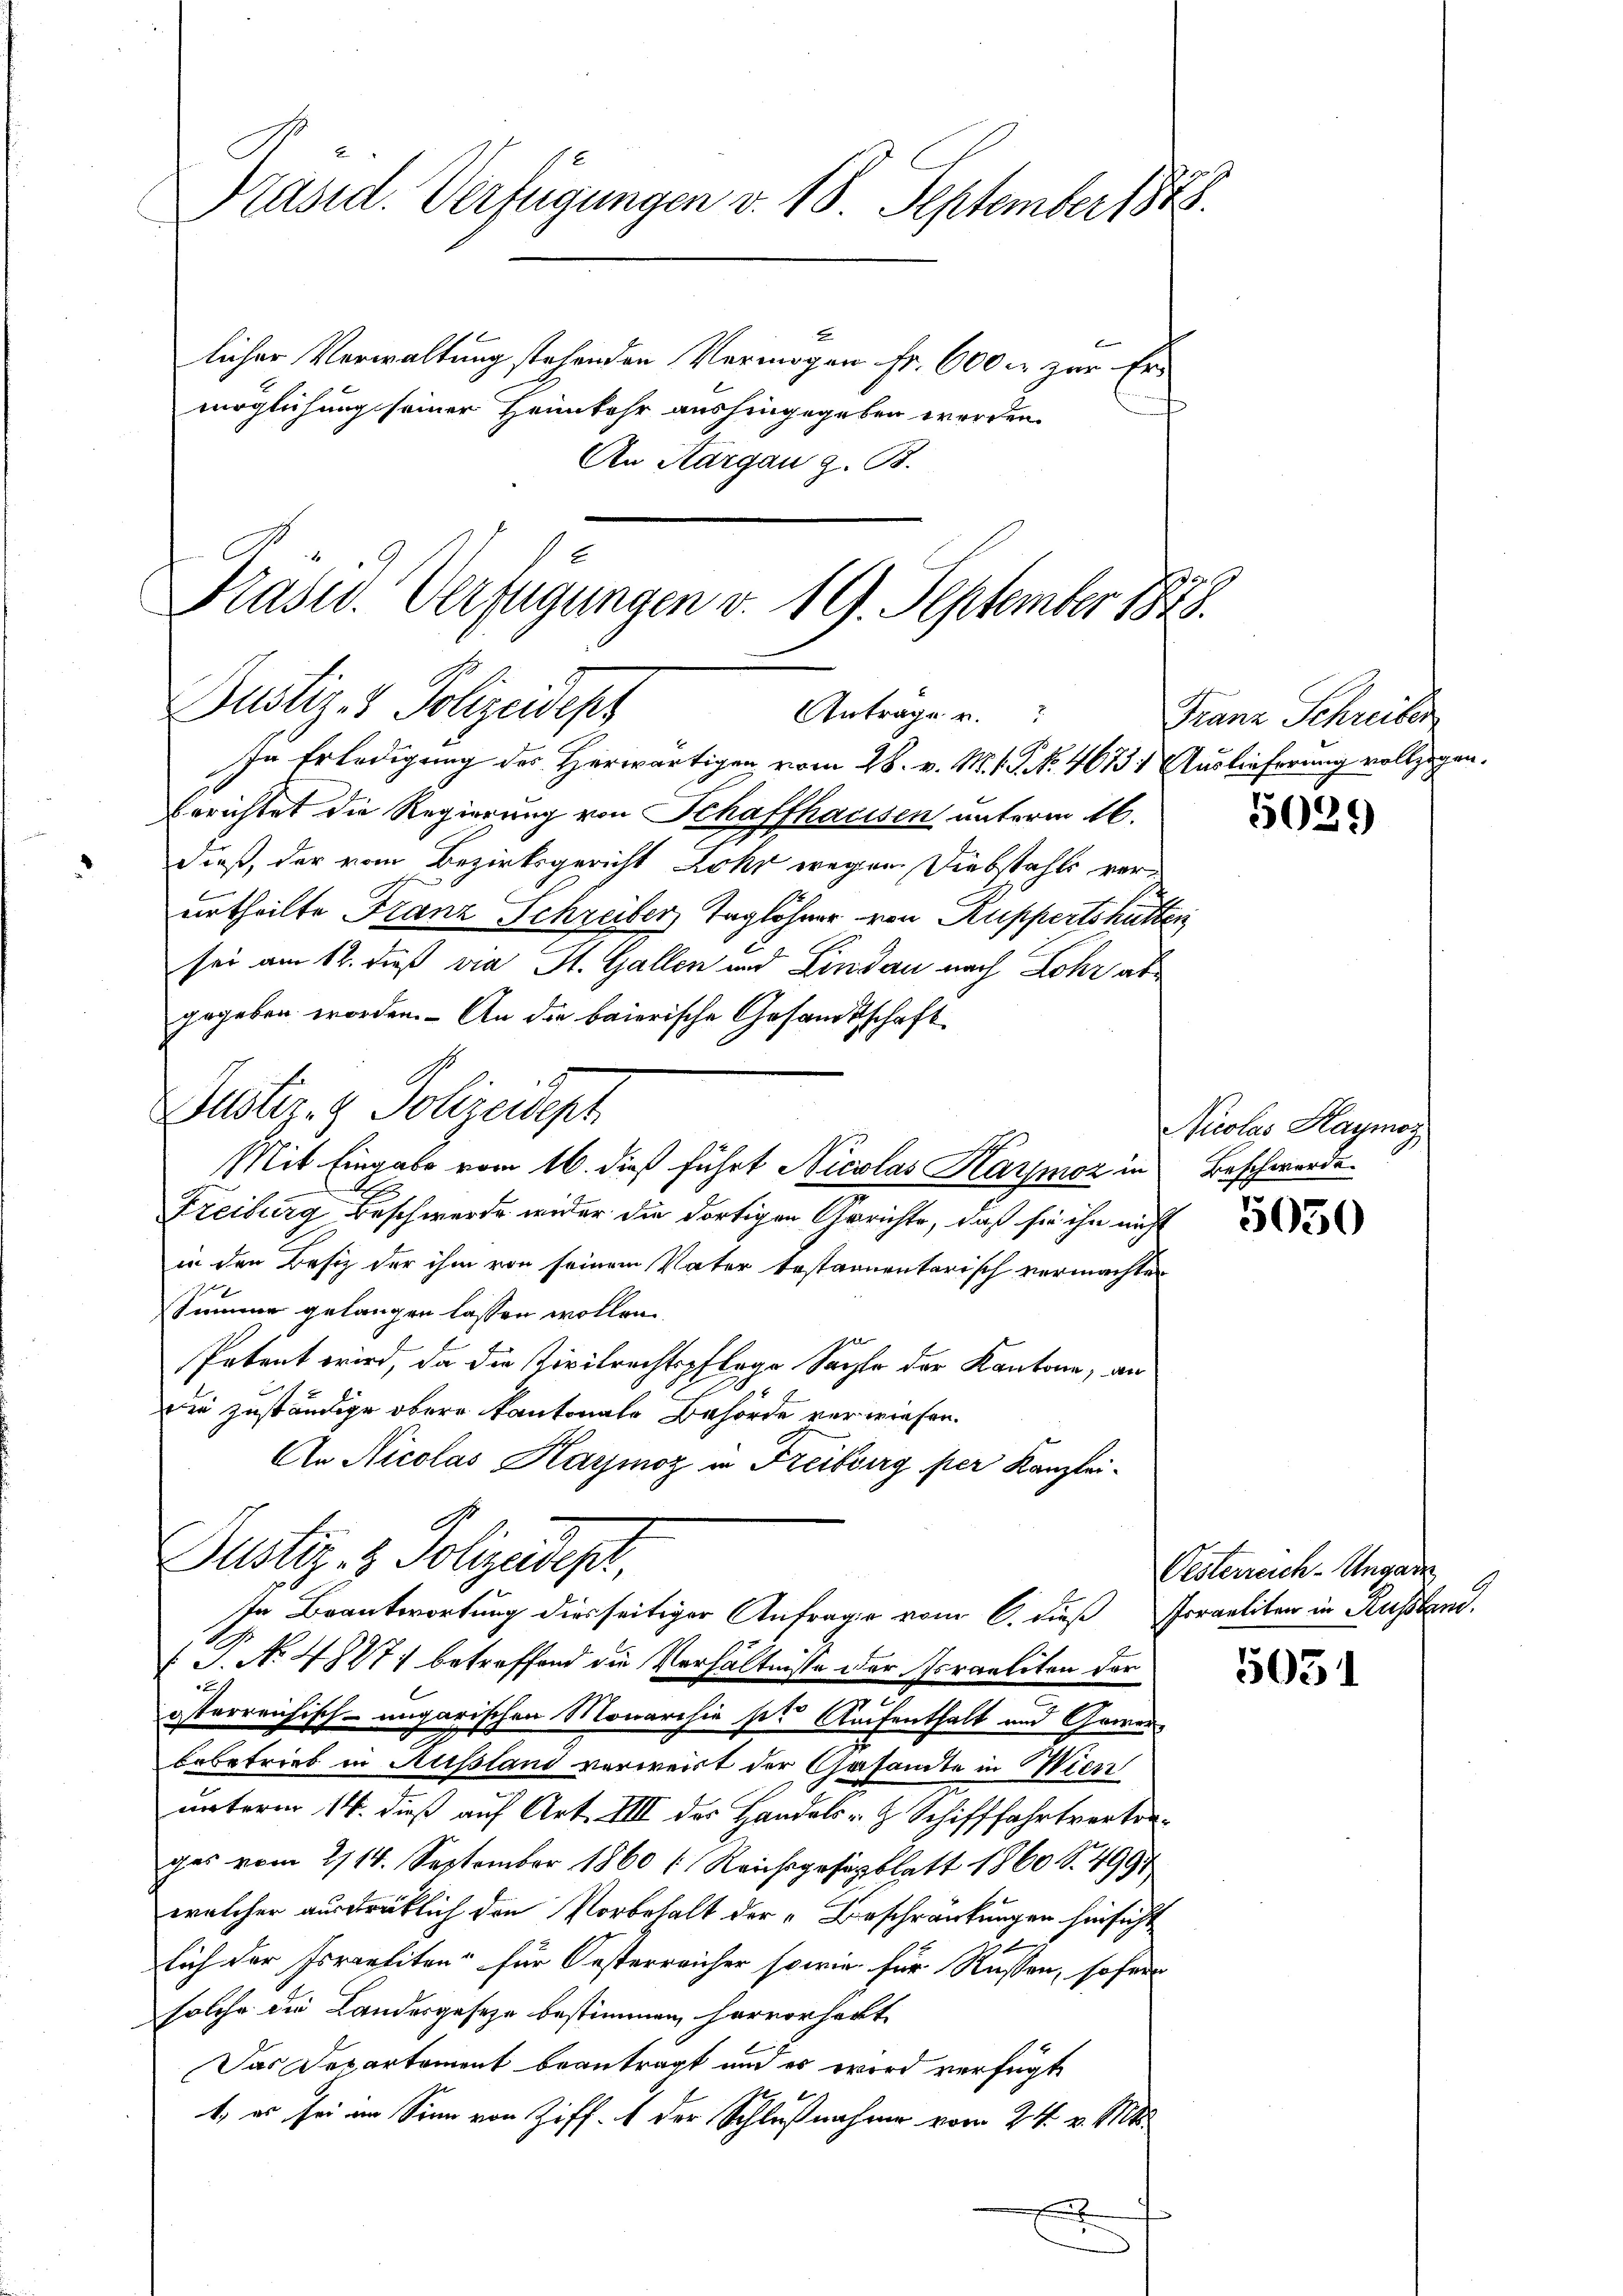
Präsid. Verfügungen v. 18. September 188

licher Verwaltung stehenden Vermögen Fr. 600 fr zur Ermöglichung seiner Heimkehr aushingegeben worden
An Aargau z. B.

Kasw. Verfügungen v. 19. September 1873.
Dustiz- & Polizeidep
Anträge u.
In Erledigung des Herwärtigen vom 28. v. M. v. J. No. 46731 Auslieferung vollzogen.

Justiz- & Polizeidept

berichtet die Regierung von Schaffhaussen unterm 16.
dieß, der vom Bezirksgericht Rohr wegen Diebstahls verurtheilte Franz Schreiber Taglöhner von Ruppertschutz
sei am 12. dieß via St. Gallen und Lindau nach Lohr abgegeben worden. An die baierische Gesandtschaft
Mit Eingabe vom 16. dieß führt Nicolas Harmoz in
Freiburg Beschwerde wider die dortigen Gerichte, daß sie ihn nicht
in den Besitz der ihm von seinem Vater testamentarisch vermachte
Summe gelangen lassen wollen.
Petent wird, da die Zivilrechtspflege Sache der Kantone, an
.
Die zuständige obere Kantonale Behörde verwiesen.
An Nicolas Harmoz in Freiburg per Kanzlei-
Justiz- & Polizeidept,
In Beantwortung diesseitiger Anfrage vom 6. Fuß
 P. No 4847 betreffend die Verhältnisse der Poraeliten der
2
gsterreichisch-ungarischen Monarchie sie Aufenthalt und Gewerbebetrieb in Russland verweist der Gesandte in Wien
unterm 14. dieß auf Art. VIII der Handels- & Schifffahrtverkonges vom 2/14. September 1860 (Reichsposablatt 1860 S. 4997
welcher ausdrüklich den Vorbehalt der „Beschränkungen hinsicht
b
lich der Israeliten für Oesterreicher sowie für Kassen, sofer
solche die Landesgesetze bestimmen hervorhalt
Das Departement beantragt und es wird verfügt
t, es sei im Sinn von Ziff. 1 der Schlußnahme vom 24. v. Mts.
A

Franz Schreiben

5029

Nicolas Haymoz
Beschwerde.

5050

Oesterreich-Ungarn
Poraeliten in Ausstand.

5051